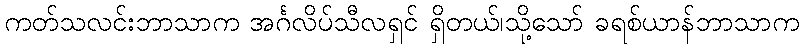
ကတ်သလင်းဘာသာက အင်္ဂလိပ်သီလရှင် ရှိတယ်၊သို့သော် ခရစ်ယာန်ဘာသာက